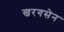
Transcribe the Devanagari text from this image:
खरगसेन